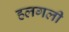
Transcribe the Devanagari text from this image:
हलगली